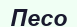
Песо